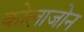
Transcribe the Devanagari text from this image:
कोलाजोन